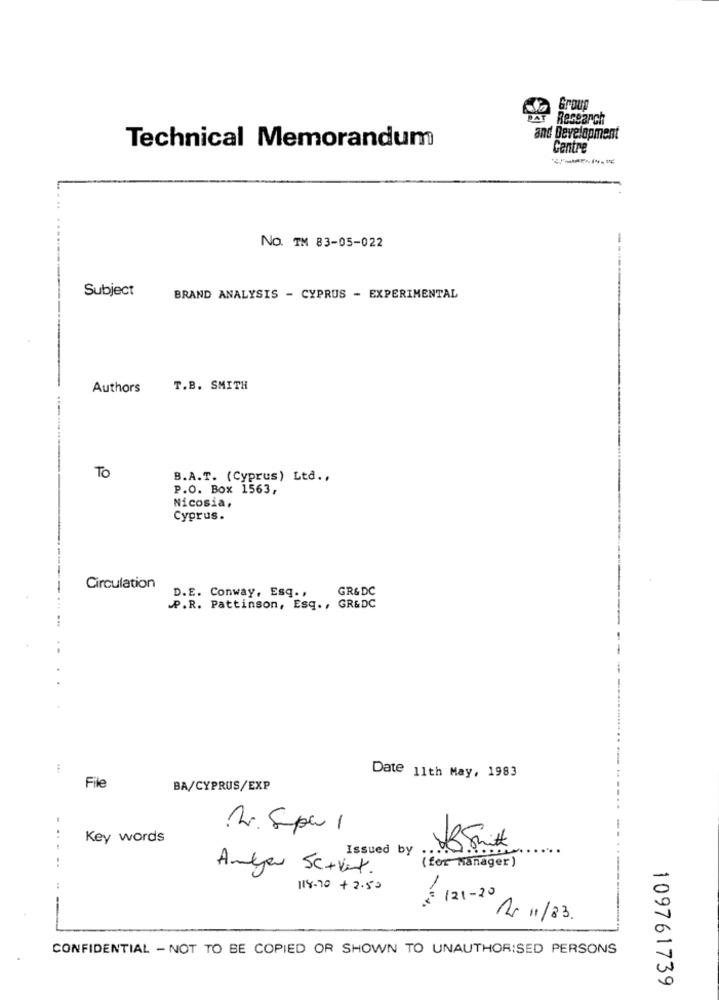
Group
DAT
Research
and Development
Technical Memorandum
Cantre
NO. TM 83-05-022
Subject
BRAND ANALYSIS - CYPRUS - EXPERIMENTAL
Authors
T.B. SMITH
TO
B.A.T. (Cyprus) Ltd .,
P.O. Box 1563,
Nicosia,
Cyprus.
Circulation
GR& DC
D.E. Conway, Esq. ,
.P.R. Pattinson, Esq ., GR&DC
Date 11th May, 1983
File
BA/CYPRUS/EXP
2. Spal
Key words
Issued by
( for Manager )
..
Anyja Sc+vert.
118.70 + 2.50
- 121-20
Nr 11/83.
CONFIDENTIAL - NOT TO BE COPIED OR SHOWN TO UNAUTHORISED PERSONS
109761739